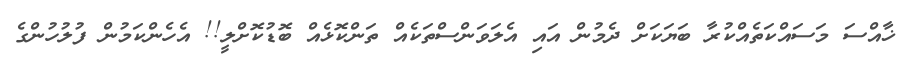
ޚާއްސަ މަސައްކަތެއްކުރާ ބަޔަކަށް ދެމުން އައި އެލަވަންސްތަކެއް ތަންކޮޅެއް ބޮޑުކޮށްލީ!! އެހެންކަމުން ފުލުހުންގެ